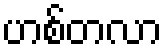
ဟစ်တလာ